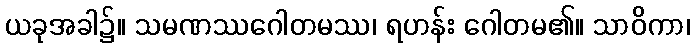
ယခုအခါ၌။ သမဏဿဂေါတမဿ၊ ရဟန်း ဂေါတမ၏။ သာဝိကာ၊